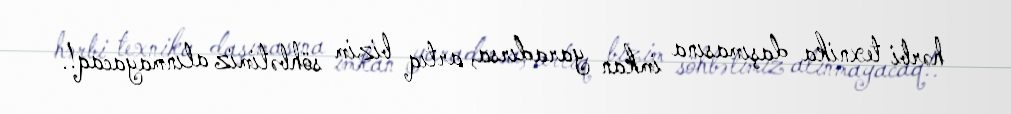
hərbi texnika daşımasına imkan yaradırsa, artıq bizim söhbətimiz alınmayacaq!.